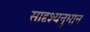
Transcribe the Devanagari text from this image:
सादृश्यनुमान